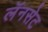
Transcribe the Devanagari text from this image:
लॅनसेट